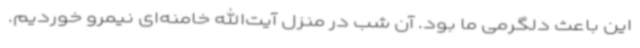
این باعث دلگرمی ما بود. آن شب در منزل آیت‌الله خامنه‌ای نیمرو خوردیم.